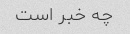
چه خبر است